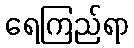
ရေကြည်ရာ